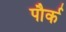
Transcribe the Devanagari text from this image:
पौर्क